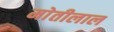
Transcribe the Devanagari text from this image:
माेतीलाल